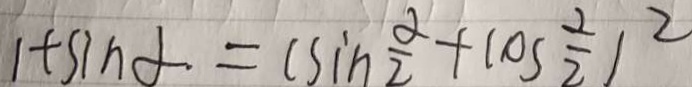
1 + \sin \alpha = ( \sin \frac { \alpha } { 2 } + \cos \frac { \alpha } { 2 } ) ^ { 2 }